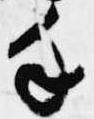
手